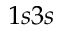
1 s 3 s